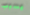
يسبب